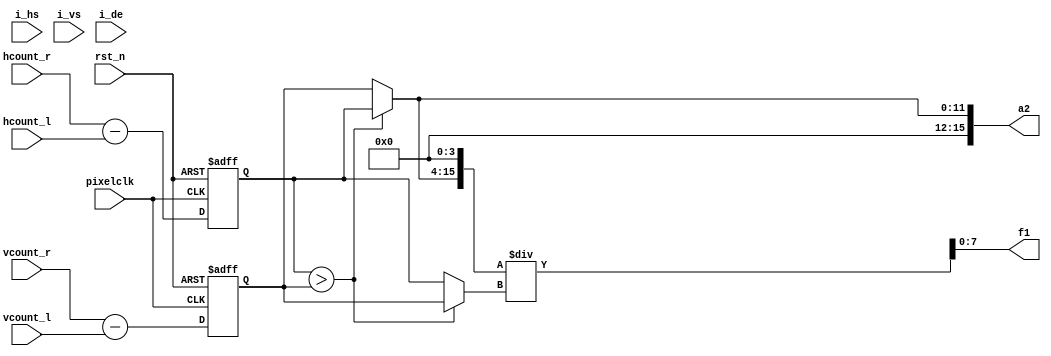
module feature_1(
input				   pixelclk,
input                  rst_n,
input					 i_hs,
input					 i_vs,
input					 i_de,
input     [11:0]        hcount_l,
input     [11:0]        hcount_r,
input     [11:0]        vcount_l,
input     [11:0]        vcount_r,


output          [15:0]       a2,
output          [7:0]        f1
// output          [7:0]        than

   );

wire   [15:0]              a;
wire   [15:0]              a_r;
reg    [11:0]              a1;
wire   [11:0]              b;
reg    [11:0]              b1;
//wire   [23:0]              s01;



always @(posedge pixelclk or negedge rst_n)   
begin if(!rst_n) begin 
    
     a1<=1'b0;	 


	 end 
	 else begin 

	 a1<=hcount_r-hcount_l;	  

	 end
end

always @(posedge pixelclk or negedge rst_n)   
begin if(!rst_n) begin 
     
	 b1<=1'b0;

	 end 
	 else begin 

	 b1<=vcount_r-vcount_l;
	 end
end


assign a=(a1>b1)?a1:b1;
assign b=(a1>b1)?b1:a1;
assign a2=a;
assign a_r=a<<4;
assign f1=a_r/b;
//assign s01=a*b;


 
endmodule